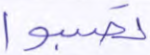
تصيبوا